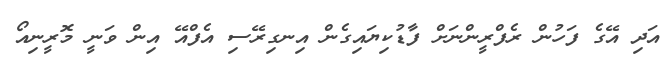
އަދި އޭގެ ފަހުން ރެފްރީންނަށް ފާޑުކިޔައިގެން އިނގިރޭސި އެފްއޭ އިން ވަނީ މޮރީނިއޯ